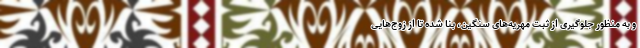
و به منظور جلوگیری از ثبت مهریه‌های سنگین، بنا شده تا از زوج‌هایی